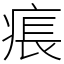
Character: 痮